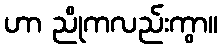
ဟာ ညိုကလည်းကွာ။